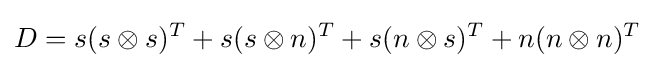
D=s(s\otimes s)^{T}+s(s\otimes n)^{T}+s(n\otimes s)^{T}+n(n\otimes n)^{T}